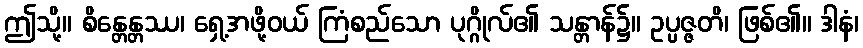
ဤသို့။ စိန္တေန္တဿ၊ ရှေ့အဖို့ဝယ် ကြံစည်သော ပုဂ္ဂိုလ်၏ သန္တာန်၌။ ဥပ္ပဇ္ဇတိ၊ ဖြစ်၏။ ဒါနံ၊